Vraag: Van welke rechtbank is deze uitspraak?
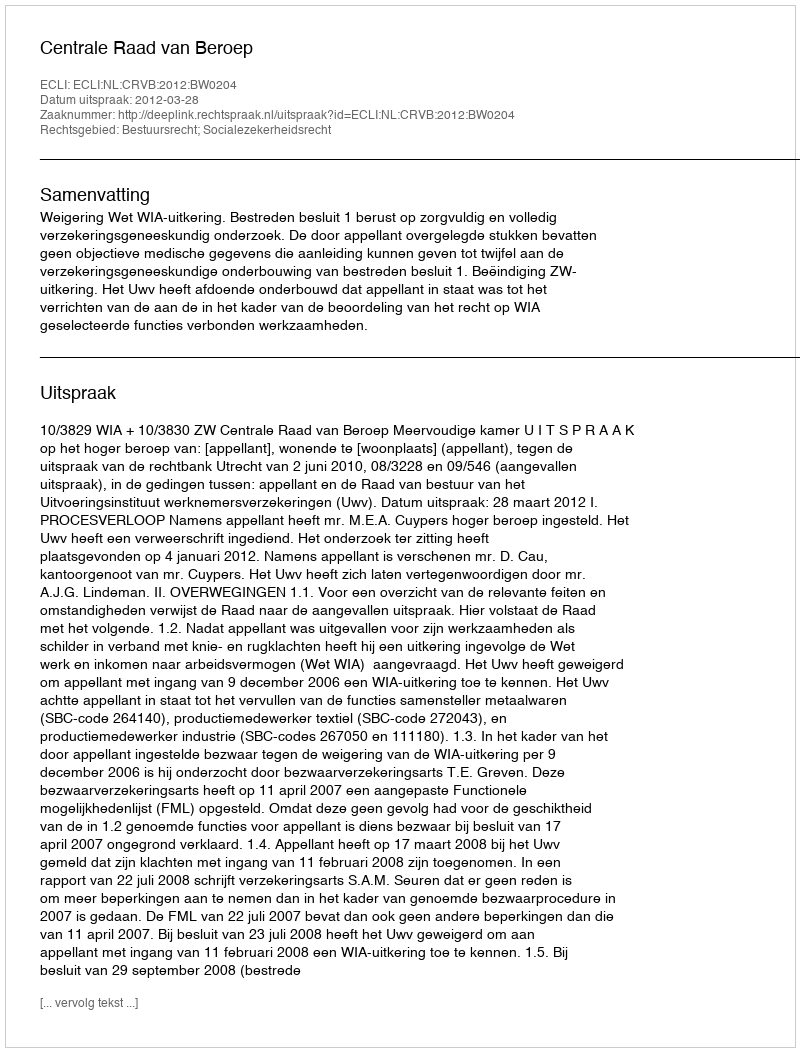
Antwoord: Centrale Raad van Beroep